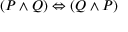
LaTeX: ( P \land Q ) \Leftrightarrow ( Q \land P )